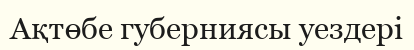
Ақтөбе губерниясы уездері